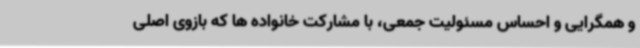
و همگرایی و احساس مسئولیت جمعی، با مشارکت خانواده ها که بازوی اصلی